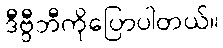
ဒီဗွီဘီကိုပြောပါတယ်။